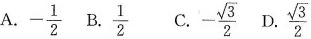
A- \frac{1}{2} B.\frac{1}{2} C.- \frac{ \sqrt{3}}{2} D.\frac{ \sqrt{3}}{2}